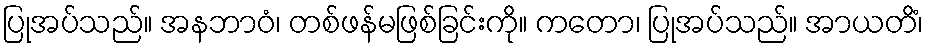
ပြုအပ်သည်။ အနဘာဝံ၊ တစ်ဖန်မဖြစ်ခြင်းကို။ ကတော၊ ပြုအပ်သည်။ အာယတိံ၊